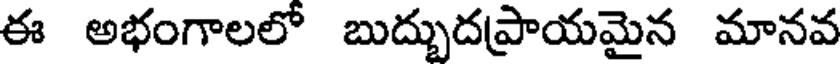
ఈ అభంగాలలో బుద్బుదప్రాయమైన మానవ